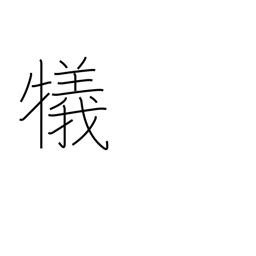
Meaning: sacrifice